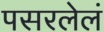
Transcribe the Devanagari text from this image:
पसरलेलं